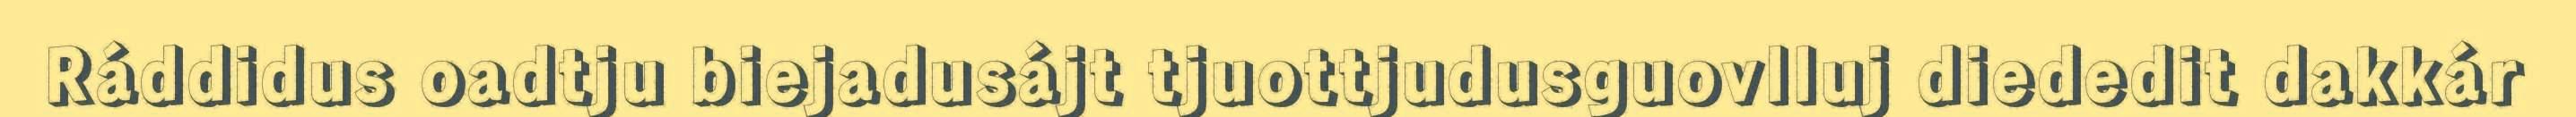
Ráddidus oadtju biejadusájt tjuottjudusguovlluj diededit dakkár